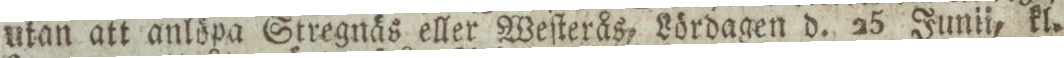
utan att anlöpa Stregnäs eller Weſterås, Lördagen d. 25 Junii, kl.